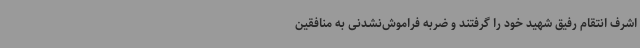
اشرف انتقام رفیق شهید خود را گرفتند و ضربه فراموش‌نشدنی به منافقین